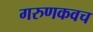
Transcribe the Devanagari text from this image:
गरुणकवच